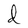
Character: d